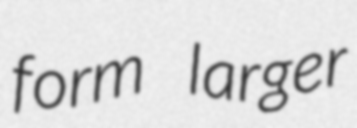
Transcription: form larger